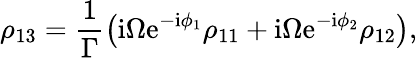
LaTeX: \rho_{13}=\frac{1}{\Gamma}\left(\mathrm{i}\Omega\mathrm{e}^{-\mathrm{i}\phi_{1}}\rho_{11}+\mathrm{i}\Omega\mathrm{e}^{-\mathrm{i}\phi_{2}}\rho_{12}\right),